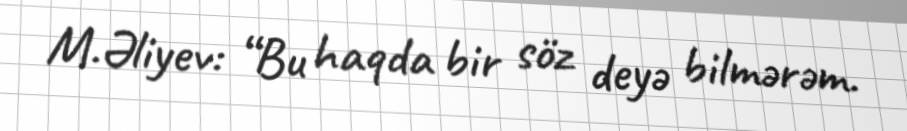
M.Əliyev: “Bu haqda bir söz deyə bilmərəm.